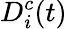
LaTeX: D_{i}^{c}(t)